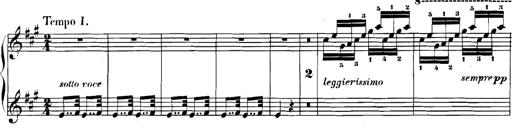
Title: Spinnerlied aus dem Fliegenden HollÃ¤nder
Composer: Franz Liszt